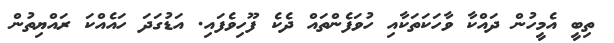
ތިބީ އެމީހުން ދައްކާ ވާހަކަތަކާއި ހުވަފެންތައް ދެކެ ފޫހިވެފައި. އަޑުގަދަ ހައެއްކަ ރައްޔިތުން